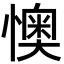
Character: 懊